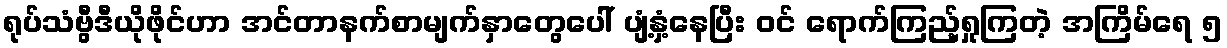
ရုပ်သံဗွီဒီယိုဖိုင်ဟာ အင်တာနက်စာမျက်နှာတွေပေါ် ပျံ့နှံ့နေပြီး ဝင် ရောက်ကြည့်ရှုကြတဲ့ အကြိမ်ရေ ၅